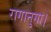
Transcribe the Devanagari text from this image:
रागानुगा।